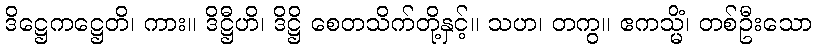
ဒိဋ္ဌေကဋ္ဌေတိ၊ ကား။ ဒိဋ္ဌီဟိ၊ ဒိဋ္ဌိ စေတသိက်တို့နှင့်။ သဟ၊ တကွ။ ဧကသ္မိံ၊ တစ်ဦးသော